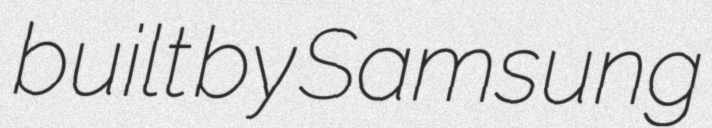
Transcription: built by Samsung